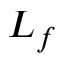
L _ { f }